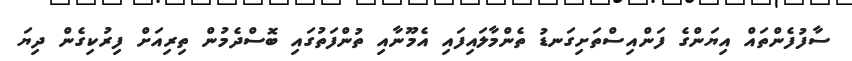
ސާފުފެންތައް އިޔަންގެ ފަންއިސްތަށިގަނޑު ތެންމާލައިފައި އެމޫނާއި ތުންފަތުގައި ބޮސްދެމުން ތިރިއަށް ފިރުކިގެން ދިޔަ